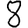
Digit: 8